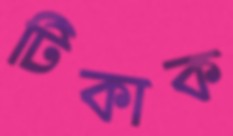
টিকাক